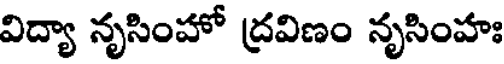
విద్యా నృసింహో ద్రవిణం నృసింహః